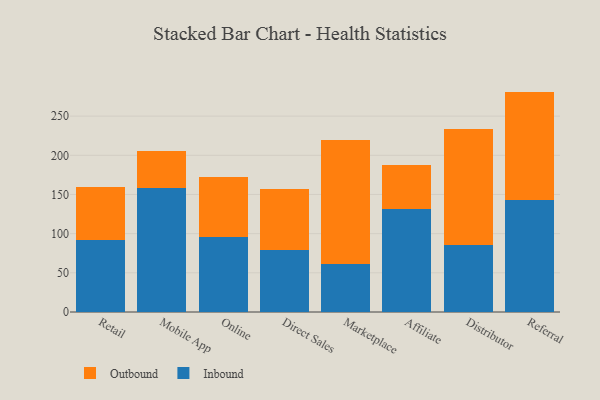
{"axis": {"x": "Channel", "y": "Inventory Turnover"}, "legend": ["Inbound", "Outbound"], "data": [{"x": "Retail", "y": 92.0, "type": "Inbound"}, {"x": "Retail", "y": 67.7, "type": "Outbound"}, {"x": "Mobile App", "y": 157.7, "type": "Inbound"}, {"x": "Mobile App", "y": 48.1, "type": "Outbound"}, {"x": "Online", "y": 95.6, "type": "Inbound"}, {"x": "Online", "y": 77.1, "type": "Outbound"}, {"x": "Direct Sales", "y": 79.1, "type": "Inbound"}, {"x": "Direct Sales", "y": 78.5, "type": "Outbound"}, {"x": "Marketplace", "y": 61.4, "type": "Inbound"}, {"x": "Marketplace", "y": 158.7, "type": "Outbound"}, {"x": "Affiliate", "y": 131.7, "type": "Inbound"}, {"x": "Affiliate", "y": 55.7, "type": "Outbound"}, {"x": "Distributor", "y": 85.2, "type": "Inbound"}, {"x": "Distributor", "y": 148.2, "type": "Outbound"}, {"x": "Referral", "y": 142.6, "type": "Inbound"}, {"x": "Referral", "y": 138.7, "type": "Outbound"}]}